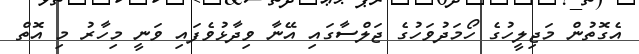
އެގޮތުން މަޖިލީހުގެ ހޯމަދުވަހުގެ ޖަލްސާގައި އޭނާ ވިދާޅުވެފައި ވަނީ މިހާރު މި އޮތް